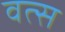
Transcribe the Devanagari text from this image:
वत्‍स